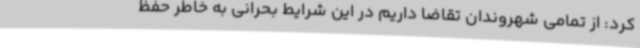
کرد: از تمامی شهروندان تقاضا داریم در این شرایط بحرانی به خاطر حفظ